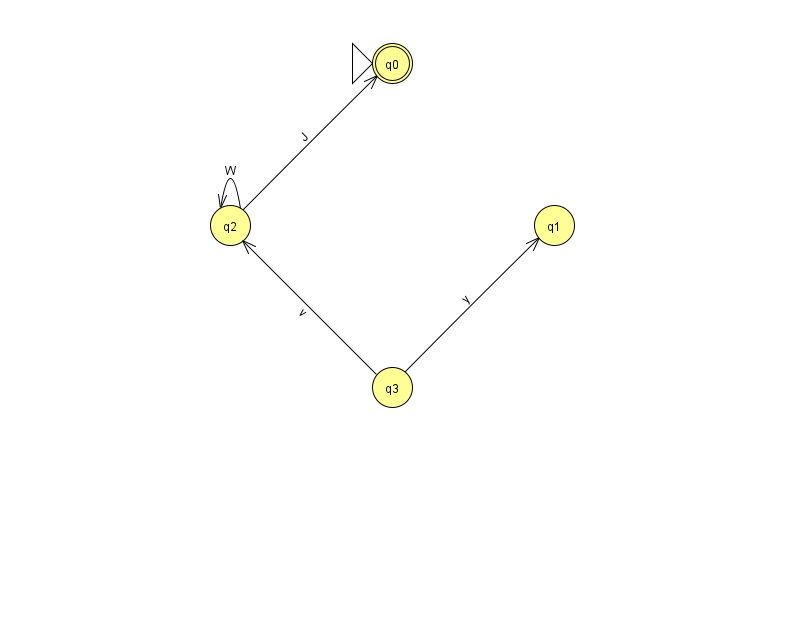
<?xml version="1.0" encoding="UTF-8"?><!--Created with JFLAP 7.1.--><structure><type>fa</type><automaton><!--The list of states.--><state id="0" name="q0"><x>392.0</x><y>50.0</y><initial/><final/></state><state id="1" name="q1"><x>554.0</x><y>212.0</y></state><state id="2" name="q2"><x>230.0</x><y>212.0</y></state><state id="3" name="q3"><x>392.0</x><y>374.0</y></state><!--The list of transitions.--><transition><from>2</from><to>0</to><read>J</read></transition><transition><from>2</from><to>2</to><read>W</read></transition><transition><from>3</from><to>1</to><read>y</read></transition><transition><from>3</from><to>2</to><read>v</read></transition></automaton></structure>